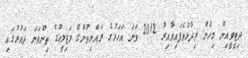
ދިޓީވީއިން މިހެން ވިދާޅުވެފައިވާއިރު 2012 ވަނަ އަހަރުގެ ރައްޔިތުންގެ މަޖިލީހުގެ ތިންވަނަ ދައުރުގައި